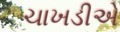
ચાખડીએ